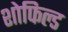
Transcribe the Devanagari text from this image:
शोफिल्ड